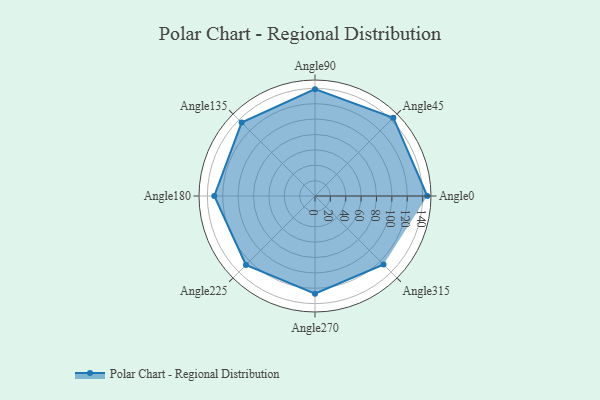
{"axis": {"x": "Angle", "y": "Radius"}, "legend": [""], "data": [{"x": "Angle0", "y": 146.0, "type": ""}, {"x": "Angle45", "y": 144.0, "type": ""}, {"x": "Angle90", "y": 139.0, "type": ""}, {"x": "Angle135", "y": 135.0, "type": ""}, {"x": "Angle180", "y": 131.0, "type": ""}, {"x": "Angle225", "y": 127.0, "type": ""}, {"x": "Angle270", "y": 127.0, "type": ""}, {"x": "Angle315", "y": 126.0, "type": ""}]}